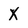
Character: X